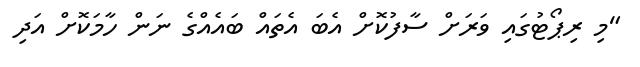
"މި ރިޕޯޓުގައި ވަރަށް ސާފުކޮށް އެބަ އެތައް ބައެއްގެ ނަން ހާމަކޮށް އަދި